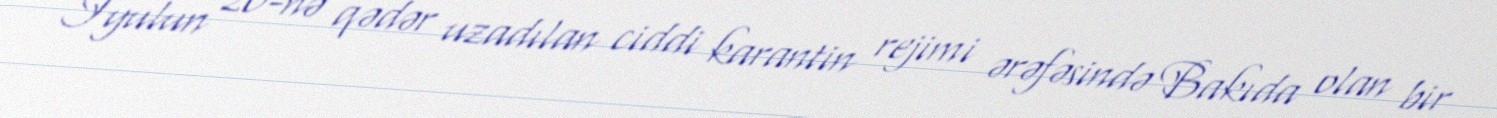
İyulun 20-nə qədər uzadılan ciddi karantin rejimi ərəfəsində Bakıda olan bir